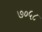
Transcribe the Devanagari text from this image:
७०५८